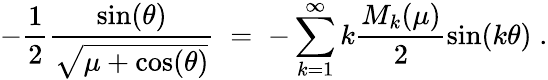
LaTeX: -\frac{1}{2}\frac{\sin(\theta)}{\sqrt{\mu+\cos(\theta)}}\; =\; -\sum_{k=1}^{\infty}k\frac{M_{k}(\mu)}{2}\sin(k\theta)\; .